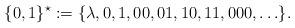
LaTeX: \begin{align*}\{ 0,1 \}^{\star} := \{\lambda, 0, 1, 00, 01, 10, 11, 000, \ldots \}.\end{align*}